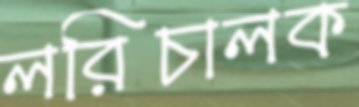
লরিচালক